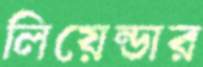
লিয়েন্ডার